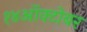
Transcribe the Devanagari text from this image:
१४ऑक्टोबर